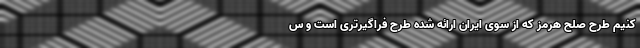
کنیم طرح صلح هرمز که از سوی ایران ارائه شده طرح فراگیرتری است و س